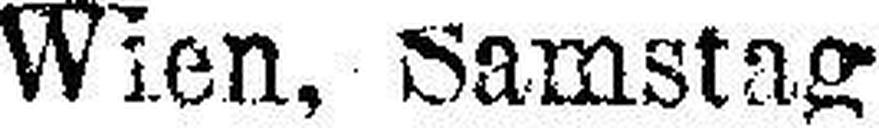
Wien, Samstag